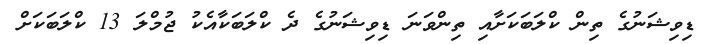
ޑިވިޝަނުގެ ތިން ކްލަބަކަށާއި ތިންވަނަ ޑިވިޝަނުގެ ދެ ކްލަބަކާއެކު ޖުމްލަ 13 ކްލަބަކަށް